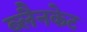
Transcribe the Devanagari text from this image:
ब्लैनकेट